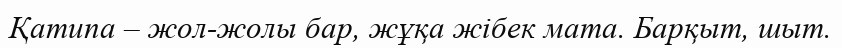
Қатипа – жол-жолы бар, жұқа жібек мата. Барқыт, шыт.